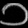
Digit: ၁